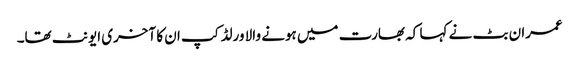
عمران بٹ نے کہا کہ بھارت میں ہونے والا ورلڈ کپ ان کا آخری ایونٹ تھا۔